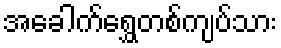
အခေါက်ရွှေတစ်ကျပ်သား